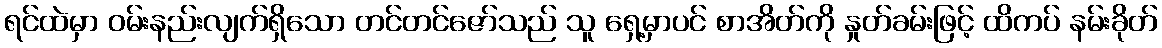
ရင်ထဲမှာ ဝမ်းနည်းလျက်ရှိသော တင်တင်ဇော်သည် သူ ရှေ့မှာပင် စာအိတ်ကို နှုတ်ခမ်းဖြင့် ထိကပ် နမ်းခိုတ်